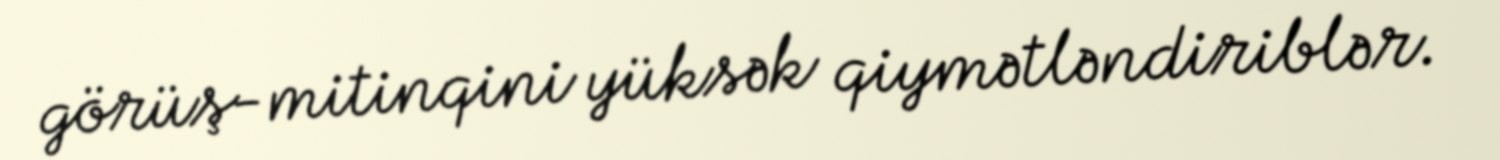
görüş-mitinqini yüksək qiymətləndiriblər.